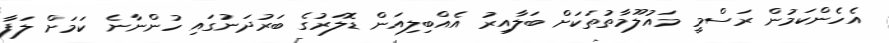
އެހެންކަމުން ރަސްމީ މައުލޫމާތުތަކަށް ބަލާއިރު އެއްބިލިއަން ޑޮލަރުގެ ބަރުދަނުގައި ހުންނާނެ ކަމަށް ލަފާ